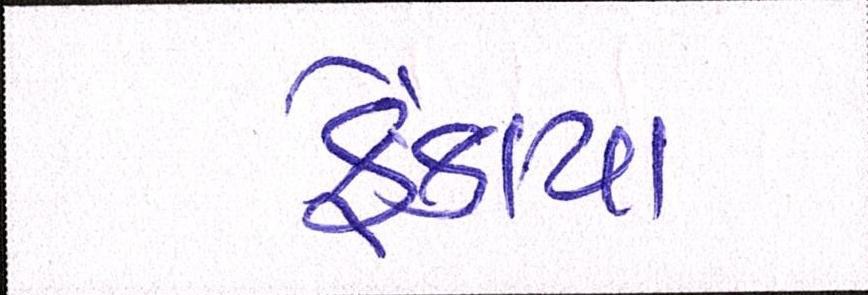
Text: ફેંકાયા